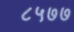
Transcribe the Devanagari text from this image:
८५७७